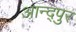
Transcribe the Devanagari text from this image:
आन्द्पुर